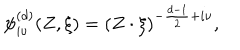
{ \psi } _ { i \nu } ^ { ( d ) } ( Z , \xi ) = \left( { Z \cdot { \xi } } \right) ^ { - \frac { d - 1 } { 2 } + i \nu } ,